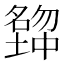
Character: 𡒒